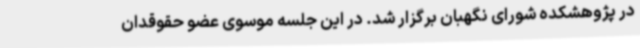
در پژوهشکده شورای نگهبان برگزار شد. در این جلسه موسوی عضو حقوقدان